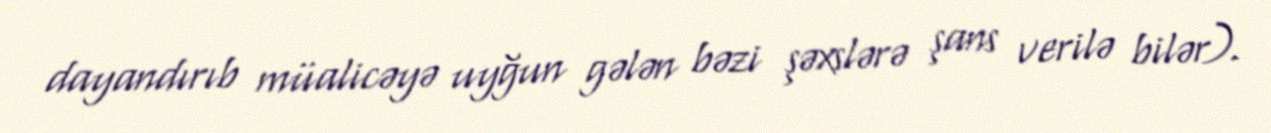
dayandırıb müalicəyə uyğun gələn bəzi şəxslərə şans verilə bilər).